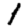
Digit: 1